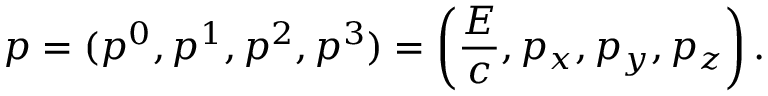
p = ( p ^ { 0 } , p ^ { 1 } , p ^ { 2 } , p ^ { 3 } ) = \left( { \frac { E } { c } } , p _ { x } , p _ { y } , p _ { z } \right) .